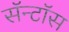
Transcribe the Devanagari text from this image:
सॅन्टाॅस